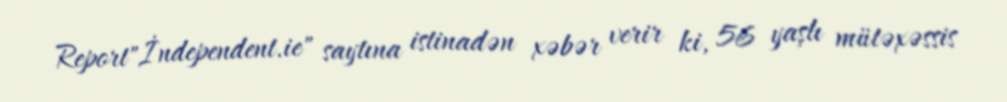
Report"İndependent.ie" saytına istinadən xəbər verir ki, 56 yaşlı mütəxəssis